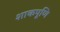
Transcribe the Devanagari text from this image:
शाकपूणि